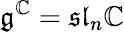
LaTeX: {\mathfrak{g}}^{\mathbb{C}}={\mathfrak{sl}}_{n}\mathbb{C}